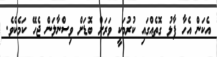
އެކަން އެހާ ފާޅު ގޮތެއްގައި ކުރުމަކީ ވަރަށް ބޮޑަށް ވިސްނާލަން ޖެހޭ ކަމެކެވެ.